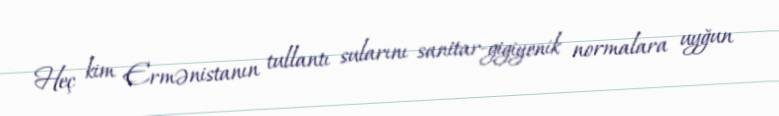
Heç kim Ermənistanın tullantı sularını sanitar-gigiyenik normalara uyğun